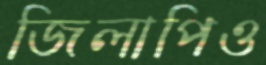
জিলাপিও